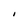
Character: I